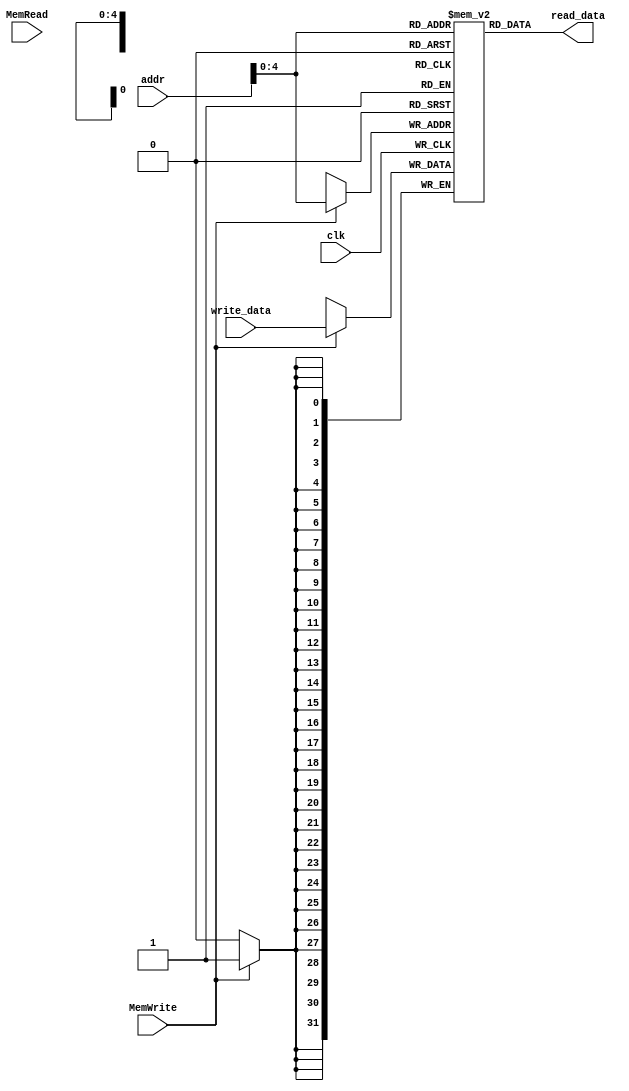
`timescale 1ns / 1ps
module DataMem(
input clk,
input MemRead, MemWrite,
input[31:0] addr,
input[31:0] write_data,
output[31:0] read_data
    );
    reg[31:0] Mem[0:31];
    initial begin
    Mem[0] = 32'h00000000;   
    Mem[1] = 32'h00000001;
    Mem[2] = 32'h00000002;
    Mem[3] = 32'h00000003;
    Mem[4] = 32'h00000004;
    Mem[5] = 32'h00000005;
    Mem[6] = 32'h00000006;
    Mem[7] = 32'h00000007;
    Mem[8] = 32'h00000008;
    Mem[9] = 32'h00000009;
    Mem[10] = 32'h0000000a;
    Mem[11] = 32'h0000000b;
    Mem[12] = 32'h0000000c;
    Mem[13] = 32'h0000000d;
    Mem[14] = 32'h0000000e;
    Mem[15] = 32'h0000000f;
end
    assign read_data = Mem[addr];
            
    always@(posedge clk) begin
        if(MemWrite) Mem[addr] <= write_data;
    end
endmodule